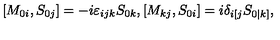
[ M _ { 0 i } , S _ { 0 j } ] = - i \varepsilon _ { i j k } S _ { 0 k } , [ M _ { k j } , S _ { 0 i } ] = i \delta _ { i [ j } S _ { 0 | k ] } ,